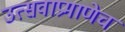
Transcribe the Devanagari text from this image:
उत्सवाप्रमाणेच